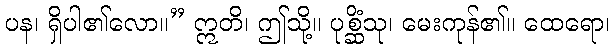
ပန၊ ရှိပါ၏လော။” ဣတိ၊ ဤသို့။ ပုစ္ဆိံသု၊ မေးကုန်၏။ ထေရော၊